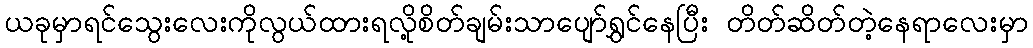
ယခုမှာရင်သွေးလေးကိုလွယ်ထားရလို့စိတ်ချမ်းသာပျော်ရွှင်နေပြီး တိတ်ဆိတ်တဲ့နေရာလေးမှာ